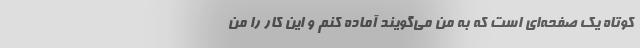
کوتاه یک صفحه‌ای‌ است که به من می‌گویند آماده کنم و این کار را من